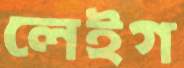
লেইগ